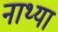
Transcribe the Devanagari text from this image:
नाथ्या